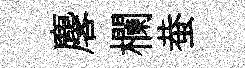
麐欄蛬